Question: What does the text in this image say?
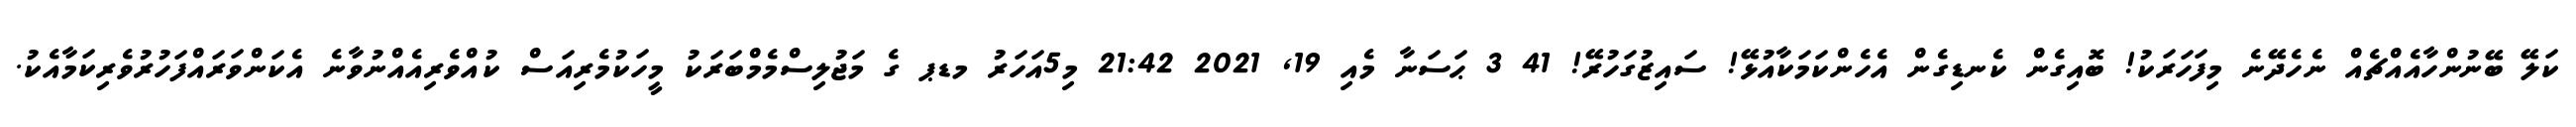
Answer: ކަލޭ ބޭނުންހާއެއްޗެއް ނެހެދޭނެ މިފަހަރަކު! ބޮއިގެން ކެނޑިގެން އެހެންކަމަކާއުޅޭ! ސައިޒުގަހުރޭ! 41 3 ޙަސަނާ މެއި 19, 2021 21:42 މި5އަހަރު މޑޕ ގެ މަޖުލިސްމެމްބަރަކު މީހަކުމެރިއަސް ކުއްވެރިއެއްނުވާނެ އެކަންވަރައްފަހުރުވެރިކަމާއެކު.